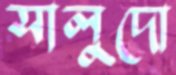
সালুদো